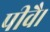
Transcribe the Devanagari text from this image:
पीवै।